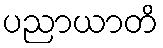
ပညာယာတိ